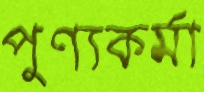
পুণ্যকর্মা